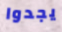
يجدوا